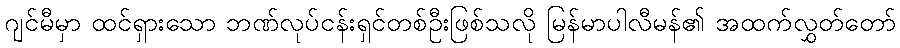
ဂျင်မီမှာ ထင်ရှားသော ဘဏ်လုပ်ငန်းရှင်တစ်ဦးဖြစ်သလို မြန်မာပါလီမန်၏ အထက်လွှတ်တော်